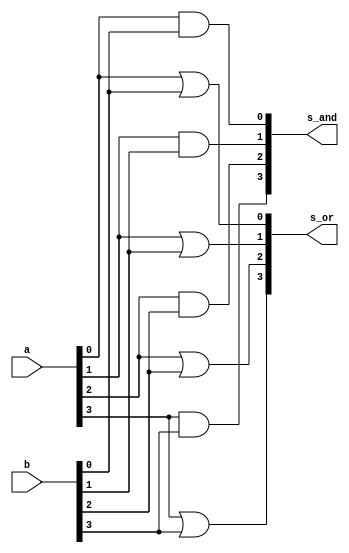
// -------------------------
// Exemplo0033 - OR/AND e NOR/NAND - 4 bits - Selecionvel
// Nome: Daniel Telles McGinnis
// -------------------------
// Previso:
// A sada sero as conjunes (AND) e as disjunes (OR) de cada bit dos
// dois operandos de 4 bits que servirem de entrada para subcircuito,
// e depois a negao da disjuno (NOR) e a negao da conjuno (NAND).
// Teste 1:
// Entradas: [a = 0011], [b = 0101], [primeiro: chave = 0, depois: chave = 1].
// Observaes da sada:
// A sada so duas linhas, uma para a conjuno feita bit a bit
// e outra para a disjuno feita bit a bit, e depois mais duas
// linhas para a negao da disjuno (NOR) e a negao da conjuno
// (NAND), como esperado.

module or_and(output [3:0] s_or, output [3:0] s_and,
              input [3:0] a, input [3:0] b);

	or D0 (s_or[0], a[0], b[0]);
	or D1 (s_or[1], a[1], b[1]);
	or D2 (s_or[2], a[2], b[2]);
	or D3 (s_or[3], a[3], b[3]);

	and A0 (s_and[0], a[0], b[0]);
	and A1 (s_and[1], a[1], b[1]);
	and A2 (s_and[2], a[2], b[2]);
	and A3 (s_and[3], a[3], b[3]);

endmodule // or_and

module nor_nand(output [3:0] s_nor, output [3:0] s_nand,
                input [3:0] a, input [3:0] b);

	nor ND0 (s_nor[0], a[0], b[0]);
	nor ND1 (s_nor[1], a[1], b[1]);
	nor ND2 (s_nor[2], a[2], b[2]);
	nor ND3 (s_nor[3], a[3], b[3]);

	nand NA0 (s_nand[0], a[0], b[0]);
	nand NA1 (s_nand[1], a[1], b[1]);
	nand NA2 (s_nand[2], a[2], b[2]);
	nand NA3 (s_nand[3], a[3], b[3]);

endmodule // nor_nand

module subcircuito(output [3:0] s1, output [3:0] s2,
                   input chave, input [3:0] a, input [3:0] b);
	wire [3:0] s_or_and_OR;
	wire [3:0] s_or_and_AND;
	wire [3:0] s_nor_nand_NOR;
	wire [3:0] s_nor_nand_NAND;
	wire chaveNegada;
	wire [3:0] intermedio1;
	wire [3:0] intermedio2;
	wire [3:0] intermedio1b;
	wire [3:0] intermedio2b;

	or_and N1 (s_or_and_OR, s_or_and_AND, a, b);
	nor_nand N2 (s_nor_nand_NOR, s_nor_nand_NAND, a, b);
	
	// primeiro vamos decidir qual  o valor de s1, OR ou NOR
	// para depois decidir qual  o valor de s2, AND ou NAND.

	// OR ou NOR

	not S0 (chaveNegada, chave);

	and S1 (intermedio1[0], s_or_and_OR[0], chaveNegada);
	and S2 (intermedio2[0], s_nor_nand_NOR[0], chave);
	or S3 (s1[0], intermedio1[0], intermedio2[0]);

	and S4 (intermedio1[1], s_or_and_OR[1], chaveNegada);
	and S5 (intermedio2[1], s_nor_nand_NOR[1], chave);
	or S6 (s1[1], intermedio1[1], intermedio2[1]);

	and S7 (intermedio1[2], s_or_and_OR[2], chaveNegada);
	and S8 (intermedio2[2], s_nor_nand_NOR[2], chave);
	or S9 (s1[2], intermedio1[2], intermedio2[2]);

	and S10 (intermedio1[3], s_or_and_OR[3], chaveNegada);
	and S11 (intermedio2[3], s_nor_nand_NOR[3], chave);
	or S12 (s1[3], intermedio1[3], intermedio2[3]);

	// AND ou NAND

	and S13 (intermedio1b[0], s_or_and_AND[0], chaveNegada);
	and S14 (intermedio2b[0], s_nor_nand_NAND[0], chave);
	or S15 (s2[0], intermedio1b[0], intermedio2b[0]);

	and S16 (intermedio1b[1], s_or_and_AND[1], chaveNegada);
	and S17 (intermedio2b[1], s_nor_nand_NAND[1], chave);
	or S18 (s2[1], intermedio1b[1], intermedio2b[1]);

	and S19 (intermedio1b[2], s_or_and_AND[2], chaveNegada);
	and S20 (intermedio2b[2], s_nor_nand_NAND[2], chave);
	or S21 (s2[2], intermedio1b[2], intermedio2b[2]);

	and S22 (intermedio1b[3], s_or_and_AND[3], chaveNegada);
	and S23 (intermedio2b[3], s_nor_nand_NAND[3], chave);
	or S24 (s2[3], intermedio1b[3], intermedio2b[3]);

endmodule // subcircuito

module test_subcircuito;
	// ------------------------- definir dados
	reg chave;
	reg [3:0] x;
	reg [3:0] y;
	wire [3:0] s1;
	wire [3:0] s2;
	subcircuito modulo (s1, s2, chave, x, y);
	// ------------------------- parte principal
	initial begin
		$display("Exemplo0033 - Daniel Telles McGinnis - 435042");
		$display("Test LU's module");
		x = 4'b0011;
		y = 4'b0101;
		chave = 0;
		#1 $display("chave = 0,  or(%3b, %3b) = %3b", x, y, s1);
		$display("chave = 0,  and(%3b, %3b) = %3b", x, y, s2);
		chave = 1;
		#1 $display("chave = 1,  nor(%3b, %3b) = %3b", x, y, s1);
		$display("chave = 1,  nand(%3b, %3b) = %3b", x, y, s2);
	end
endmodule // test_subcircuito